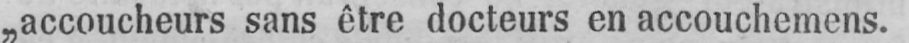
„accoucheurs sans être docteurs en accouchemens.